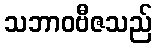
သဘာဝဗီဇသည်